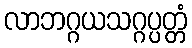
လာဘဂ္ဂယသဂ္ဂပ္ပတ္တံ